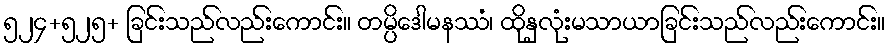
၅၂၄+၅၂၅+ ခြင်းသည်လည်းကောင်း။ တမ္ပိဒေါမနဿံ၊ ထိုနှလုံးမသာယာခြင်းသည်လည်းကောင်း။